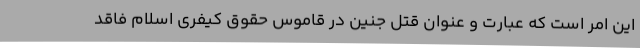
این امر است که عبارت و عنوان قتل جنین در قاموس حقوق کیفری اسلام فاقد